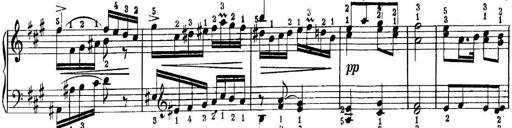
Title: Quatres sonatines
Composer: Tadeusz Joteyko